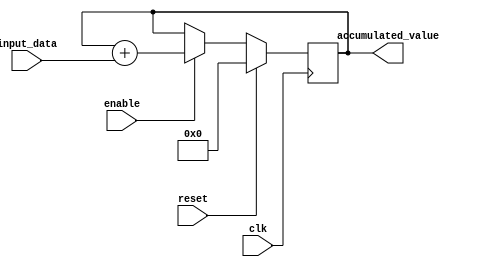
module accumulator(
  input clk,
  input reset,
  input enable,
  input [7:0] input_data,
  output reg [15:0] accumulated_value
);

always @(posedge clk) begin
  if (reset) begin
    accumulated_value <= 16'b0;
  end else if (enable) begin
    accumulated_value <= accumulated_value + input_data;
  end
end

endmodule